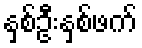
နှစ်ဦးနှစ်ဖက်